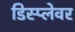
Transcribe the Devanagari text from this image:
डिस्प्लेवर